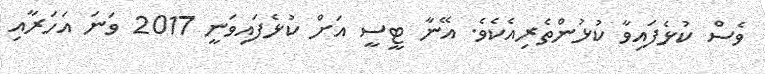
ވެސް ކުޅެފައިވާ ކުޅުންތެރިއެކެވެ. އޭނާ ޓީސީ އަށް ކުޅެފައިވަނީ 2017 ވަނަ އަހަރާއި